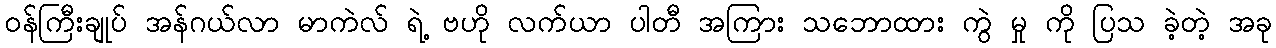
ဝန်ကြီးချုပ် အန်ဂယ်လာ မာကဲလ် ရဲ့ ဗဟို လက်ယာ ပါတီ အကြား သဘောထား ကွဲ မှု ကို ပြသ ခဲ့တဲ့ အခု